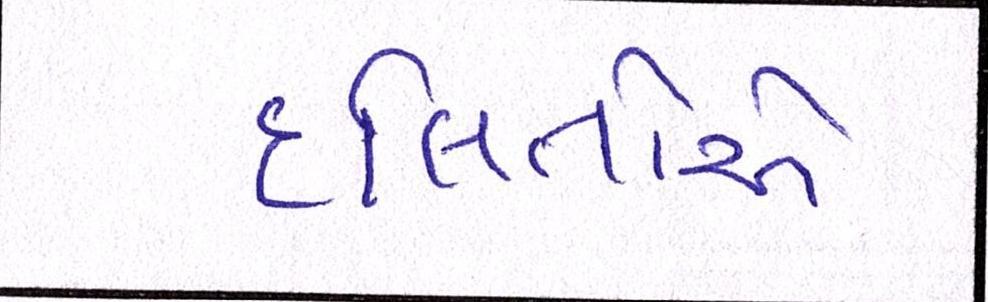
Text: દલિતોએ